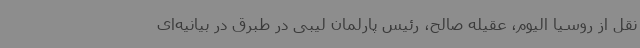
نقل از روسیا الیوم، عقیله صالح، رئیس پارلمان لیبی در طبرق در بیانیه‌ای